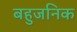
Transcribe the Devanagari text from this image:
बहुजनिक